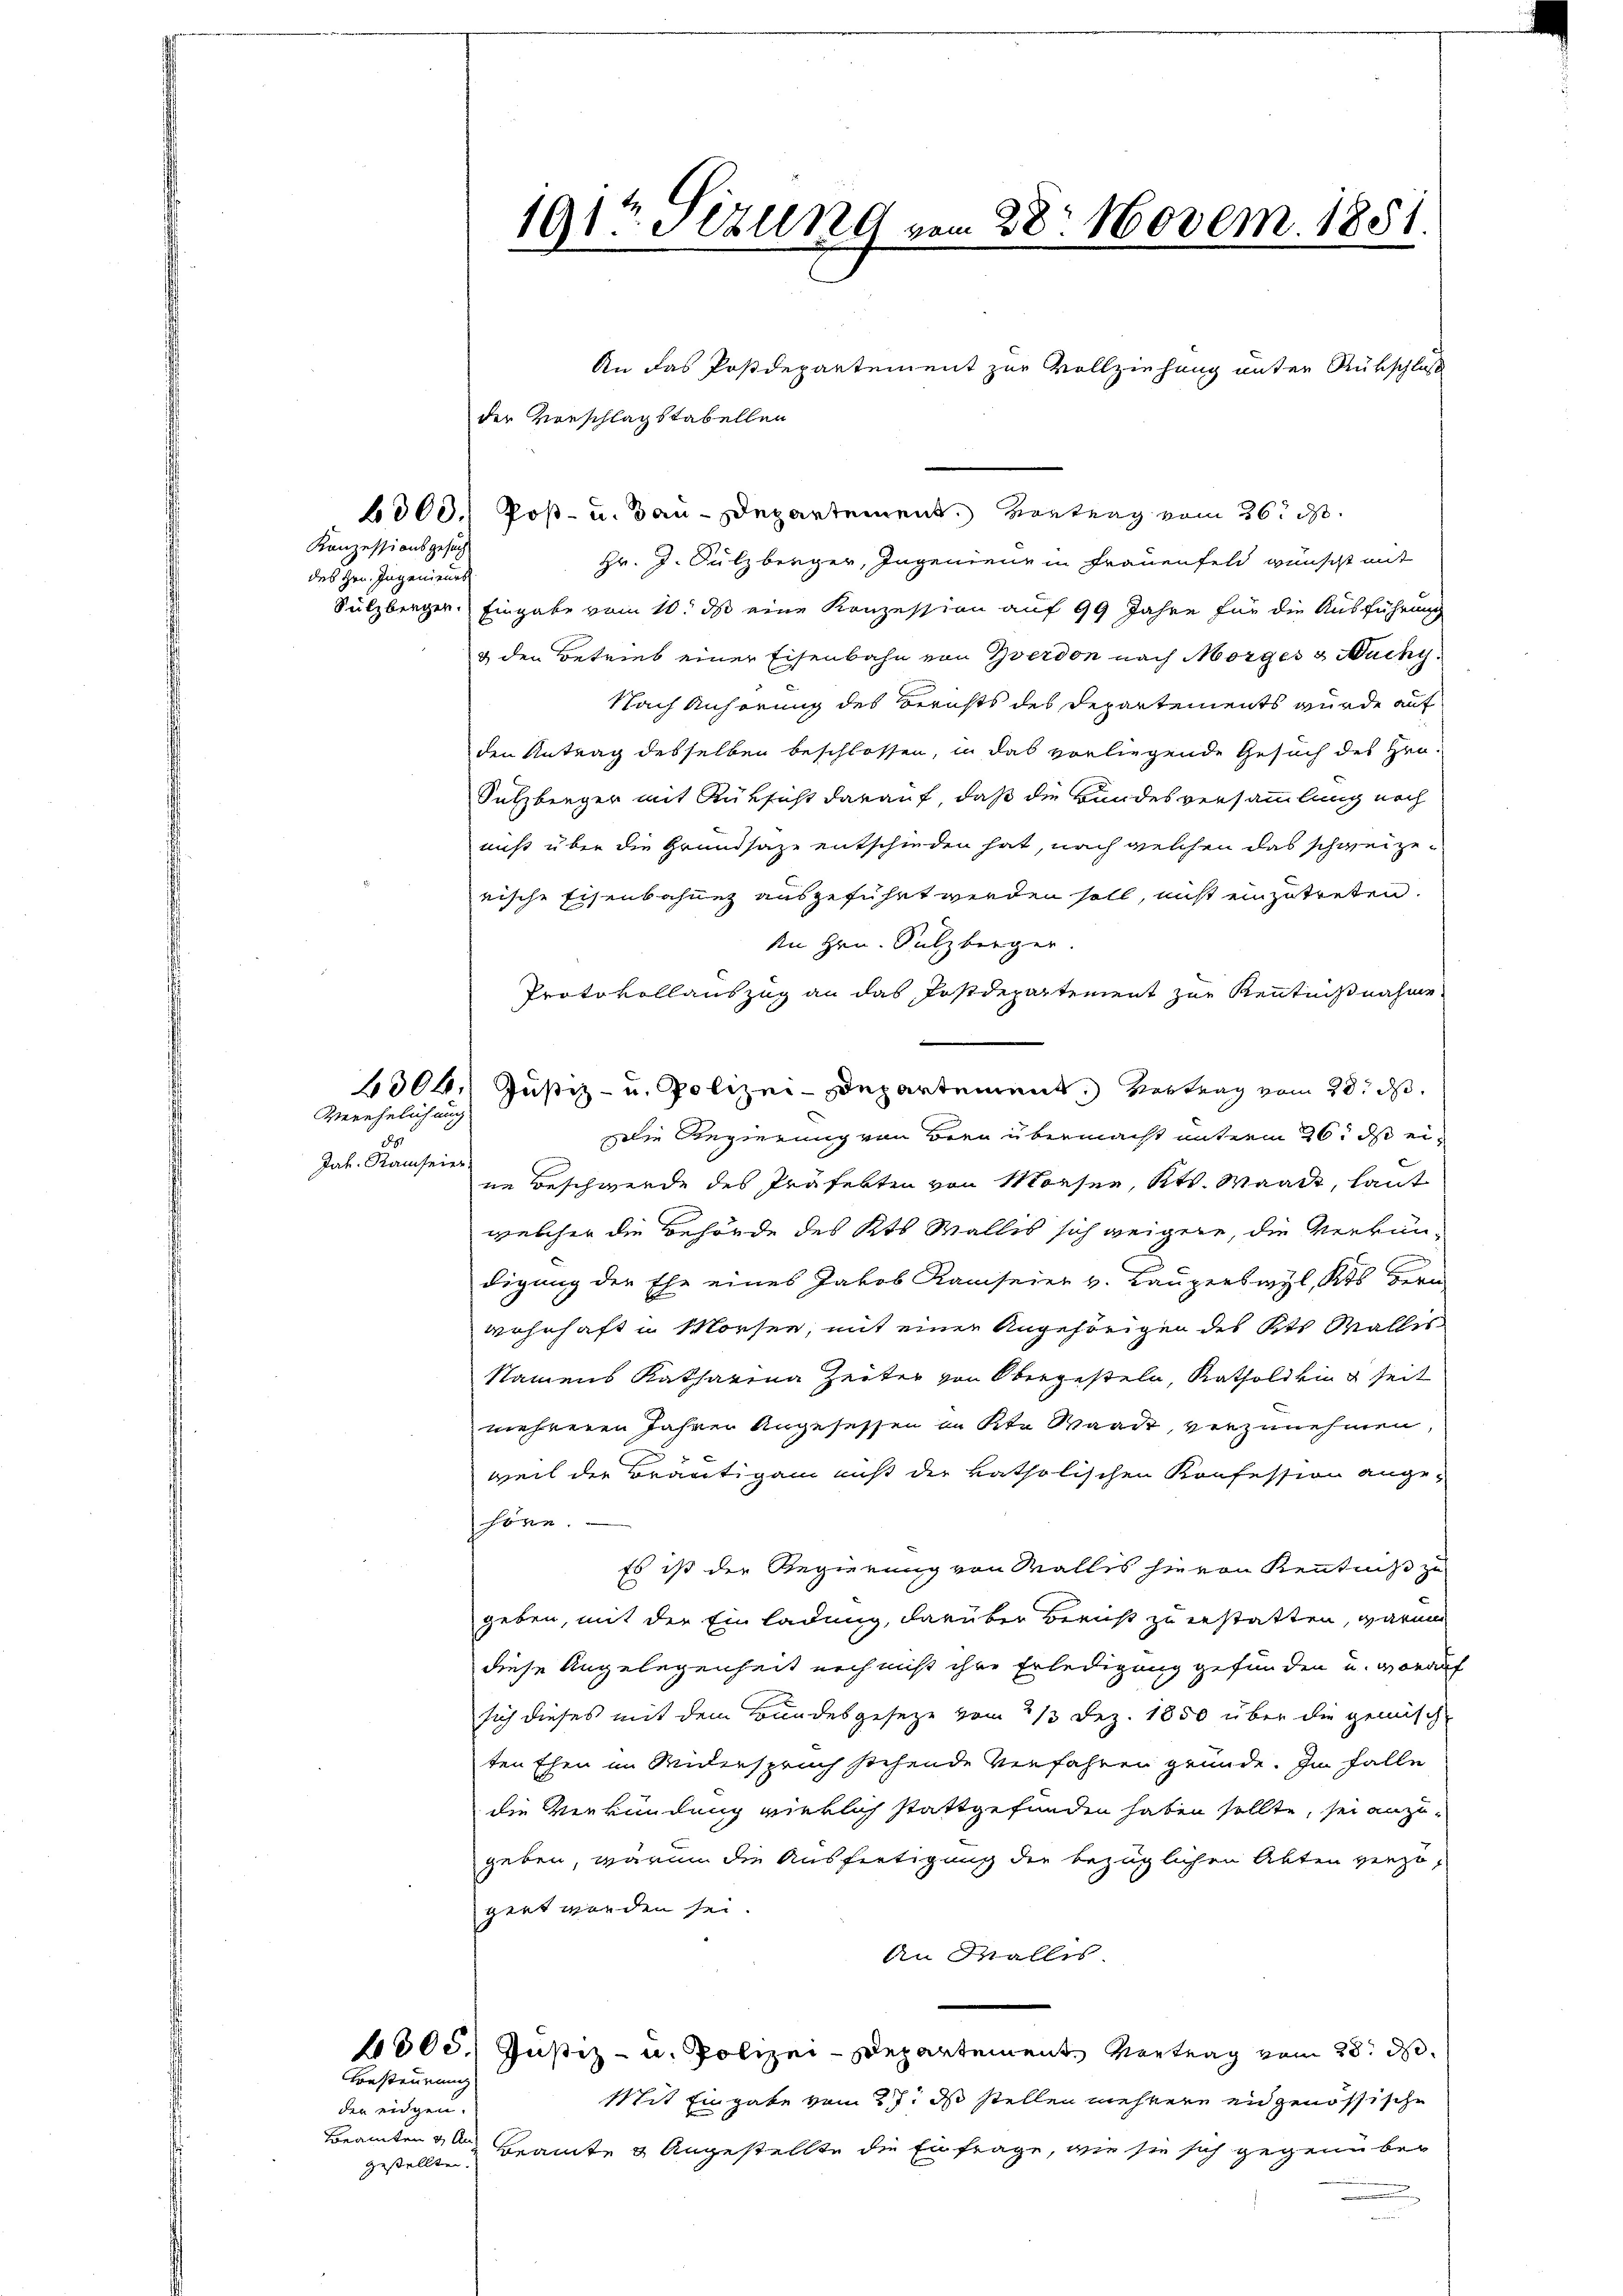
Konzessionsgesuch
des Hrn. Ingenieurs

Verehelichung

28.
Jak. Raifeier.

An das Postdepartement zur Vollziehung unter Rutschluß
der Vorschlagstabellen
6000. Post- u. Bau-Departement. Vortrag vom 26. d.
Hr. J. Sulzberger, Ingenieur in Frauenfeld wünscht mit
Sulzberger. Eingabe vom 10. ds eine Konzession auf 99 Jahre für die Ausführung
& den Betrieb einer Eisenbahn von Yverdon nach Morges & Ruchy
Nach Anhörung des Berichts des Departements wurde auf
den Antrag desselben beschlossen, in das vorliegende Gesuch des Hrn.
Sulzberger mit Rüksicht darauf, daß die Bundesversammlung noch
nicht über die Grundsaze entschieden hat, nach welchen das schweizerische Eisenbahnen ausgeführt werden soll, nicht einzutreten.
An Hrn. Sulzberger.
Protokollauszug an das Postdepartement zur Kenntnißnahme
4304. Justiz- u. Polizei-Departement. Vertrag vom 20. d.
Die Regierung von Bren übermacht unterm 26. ds eine Beschwerde des Präfekten von Monsen, Kts. Waadt, laut
welcher die Behörde des Kts. Wallis sich weigere, die Verkundigung der Ehe eines Jakob Ramseier v. Lauperswyl, Kts Herrn
wohnhaft in Morsee, mit einer Angehörigen des Kts Wallis
Namens Katharina Zeiter von Obergesteln, Kathold kind seit
mehreren Jahren Angesessen in Kt. Waadt, vorzunehmen,
weil der Bräutigam muß der katholischen Konfession ange-
hören.
Es ist der Regierung von Malles hievon Kenntniß zu
geben, mit der Einladung, darüber Bernst zu erstatten, warum
diese Angelegenheit noch nicht ihre Erledigung gefunden u. worauf
sich dieses mit dem Bundesgesetze vom 2/3 Dez. 1850 über die gemische
ten Ehen im Widerspruch stehende Verfahren gründe. Im Falle
die Verkündung wirklich stattgefunden haben sollte, sei anzugeben, warum die Ausfertigung der bezüglichen Akten verzögert worden sei.
An Malles
1000. Justiz- u. Polizei-Departement, Vortrag vom 28. d.
Mit Eingabe vom 27. ds stellen mehrere eidgenössische
gestellte Beamte & Angestellte die Einfrage, wie sie sich gegenüber

Besteurung
der eidgen.
Beamten & An¬

191 Stzung vom 28. Novem. 1851.